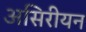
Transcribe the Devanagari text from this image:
असिरीयन